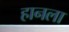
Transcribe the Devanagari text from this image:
हानला